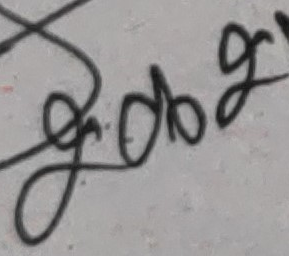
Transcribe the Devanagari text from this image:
गोग